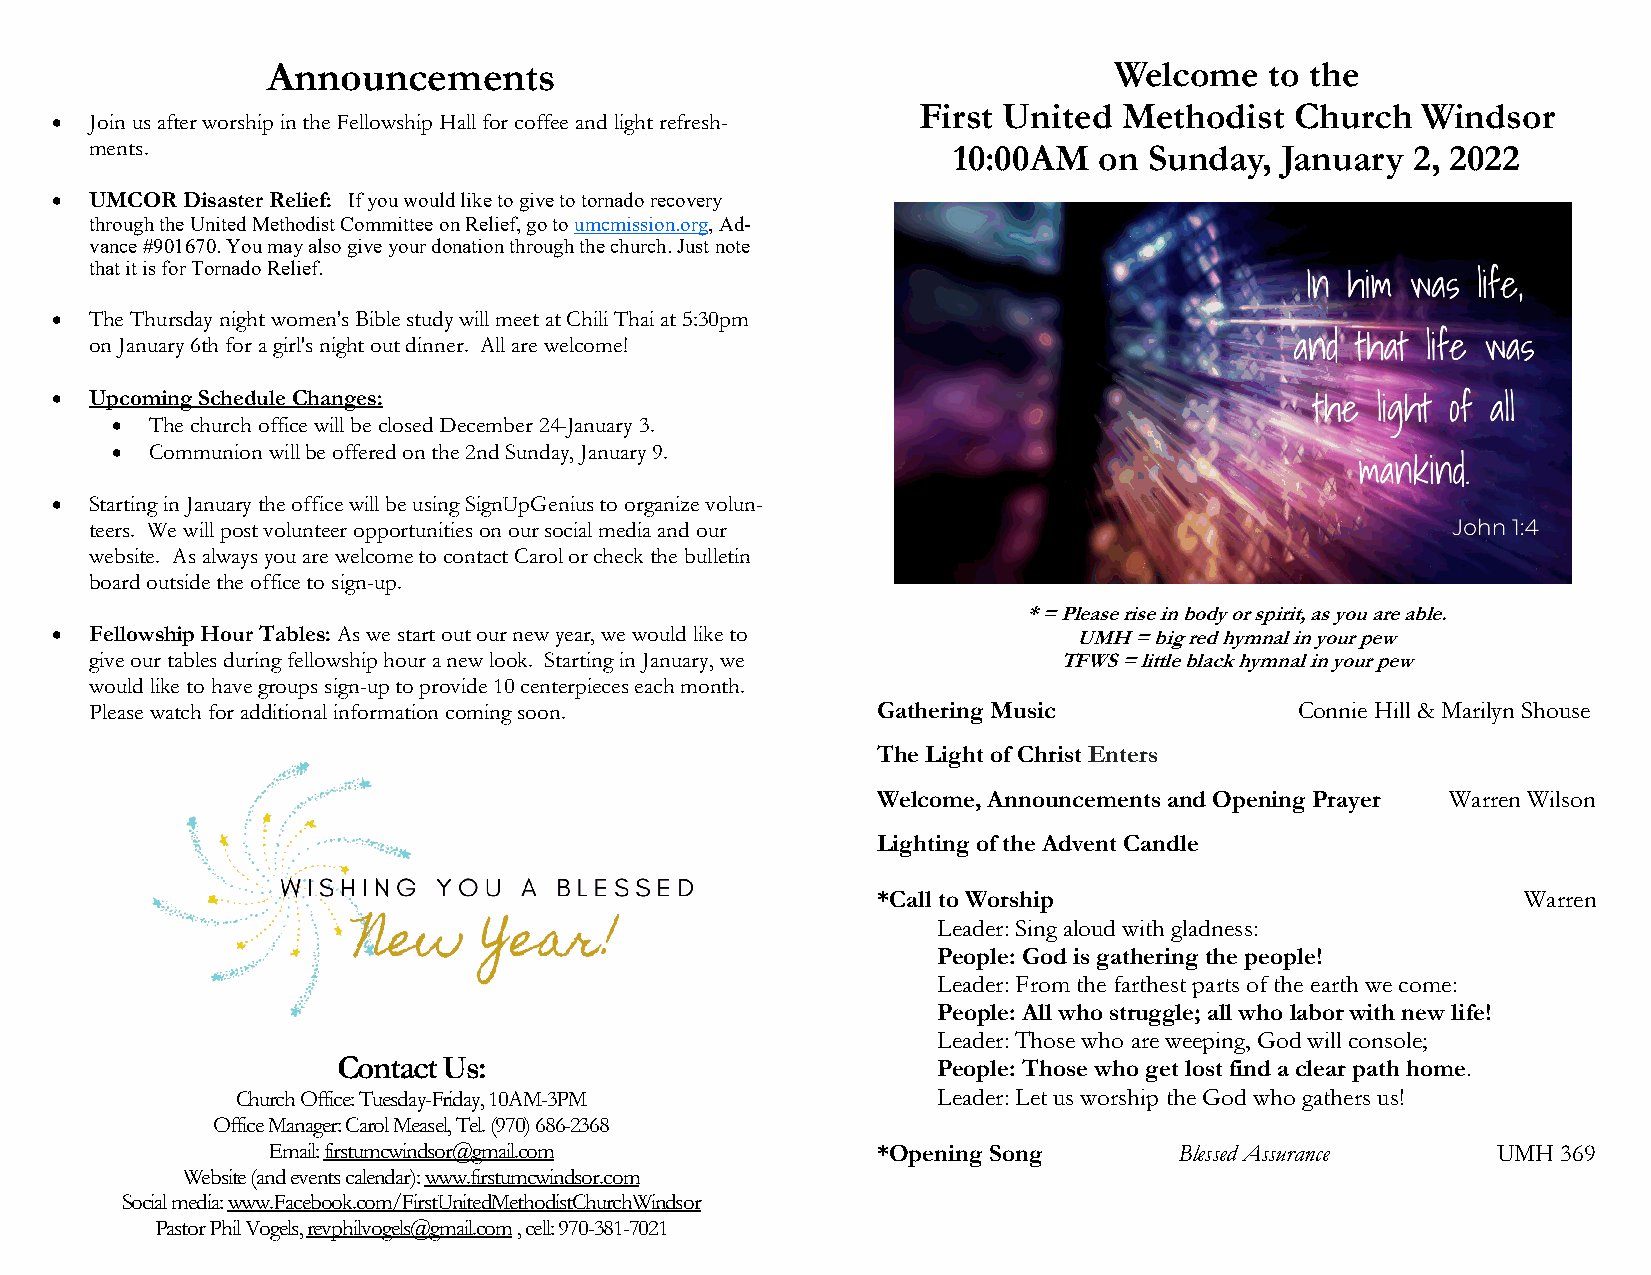
Announcements                                           Welcome   to the
 First United Methodist   Church  Windsor
 •  Join us after worship in the Fellowship Hall for coffee and light refresh-
 ments.                                                   10:00AM   on Sunday,  January 2, 2022
 •  UMCOR Disaster Relief: If you would like to give to tornado recovery
 through the United Methodist Committee on Relief, go to umcmission.org, Ad-
 vance #901670. You may also give your donation through the church. Just note
 that it is for Tornado Relief.
 •  The Thursday night women's Bible study will meet at Chili Thai at 5:30pm
 on January 6th for a girl's night out dinner. All are welcome!
 •  Upcoming Schedule Changes:
 •  The church office will be closed December 24-January 3.
 •  Communion will be offered on the 2nd Sunday, January 9.
 •  Starting in January the office will be using SignUpGenius to organize volun-
 teers. We will post volunteer opportunities on our social media and our
 website. As always you are welcome to contact Carol or check the bulletin
 board outside the office to sign-up.
 * = Please rise in body or spirit, as you are able.
 •  Fellowship Hour Tables: As we start out our new year, we would like to UMH = big red hymnal in your pew
 give our tables during fellowship hour a new look. Starting in January, we TFWS = little black hymnal in your pew
 would like to have groups sign-up to provide 10 centerpieces each month.
 Please watch for additional information coming soon. Gathering Music            Connie Hill & Marilyn Shouse
 The Light of Christ Enters
 Welcome, Announcements and Opening Prayer Warren Wilson
 Lighting of the Advent Candle
 *Call to Worship                           Warren
 Leader: Sing aloud with gladness:
 People: God is gathering the people!
 Leader: From the farthest parts of the earth we come:
 People: All who struggle; all who labor with new life!
 Leader: Those who are weeping, God will console;
 Contact Us:                             People: Those who get lost find a clear path home.
 Church Office: Tuesday-Friday, 10AM-3PM       Leader: Let us worship the God who gathers us!
 Office Manager: Carol Measel, Tel. (970) 686-2368
 Email: firstumcwindsor@gmail.com        *Opening Song       Blessed Assurance    UMH 369
 Website (and events calendar): www.firstumcwindsor.com
 Social media: www.Facebook.com/FirstUnitedMethodistChurchWindsor
 Pastor Phil Vogels, revphilvogels@gmail.com , cell: 970-381-7021